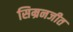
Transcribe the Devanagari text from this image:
सिम्रनजीत